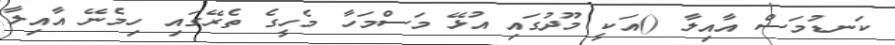
ކަނޑުމަސް އާއިލާ ()އަކީ މޫދުގައި އުޅޭ މަސްމަހާ މެހީގެ ތެރޭގައި ހިމެނޭ އާއިލާ